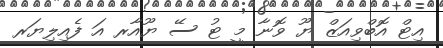
އިޓް އޮބްވިއަޒް ޔޫ ވޮނާ މީ ޓު ސޭ ޔޫއާރ އަ ފެއިލިޔަރ